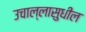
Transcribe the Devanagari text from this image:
उचाल्लासुधील